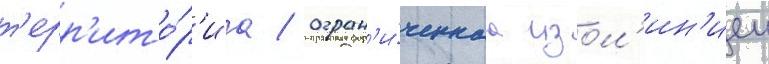
т'ерр'ито́р'иа / огран'и́ченнаа изол'ин'иеи